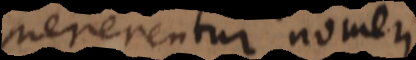
mererentur nomeri